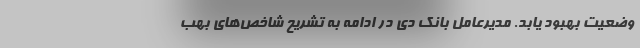
وضعیت بهبود یابد. مدیرعامل بانک دی در ادامه به تشریح شاخص‌های بهب